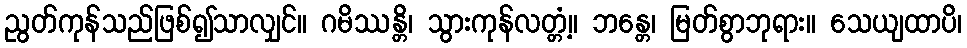
ညွတ်ကုန်သည်ဖြစ်၍သာလျှင်။ ဂမိဿန္တိ၊ သွားကုန်လတ္တံ့။ ဘန္တေ၊ မြတ်စွာဘုရား။ သေယျထာပိ၊